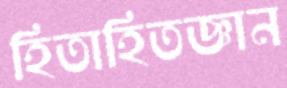
হিতাহিতজ্ঞান